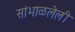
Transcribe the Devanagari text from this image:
सांभाळलेली